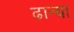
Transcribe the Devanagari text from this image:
ढान्या